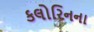
કલોરિનના